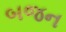
બજન